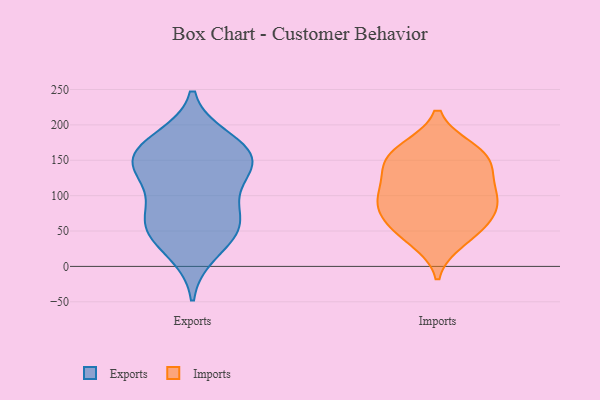
{"axis": {"x": "Temperature (°C)", "y": "Value"}, "legend": ["Exports", "Imports"], "data": [{"x": "", "y": 142, "type": "Exports"}, {"x": "", "y": 46, "type": "Exports"}, {"x": "", "y": 170, "type": "Exports"}, {"x": "", "y": 126, "type": "Exports"}, {"x": "", "y": 157, "type": "Exports"}, {"x": "", "y": 179, "type": "Exports"}, {"x": "", "y": 59, "type": "Exports"}, {"x": "", "y": 62, "type": "Exports"}, {"x": "", "y": 154, "type": "Exports"}, {"x": "", "y": 146, "type": "Exports"}, {"x": "", "y": 63, "type": "Exports"}, {"x": "", "y": 20, "type": "Exports"}, {"x": "", "y": 97, "type": "Exports"}, {"x": "", "y": 92, "type": "Imports"}, {"x": "", "y": 156, "type": "Imports"}, {"x": "", "y": 138, "type": "Imports"}, {"x": "", "y": 140, "type": "Imports"}, {"x": "", "y": 53, "type": "Imports"}, {"x": "", "y": 89, "type": "Imports"}, {"x": "", "y": 161, "type": "Imports"}, {"x": "", "y": 108, "type": "Imports"}, {"x": "", "y": 56, "type": "Imports"}, {"x": "", "y": 76, "type": "Imports"}, {"x": "", "y": 165, "type": "Imports"}, {"x": "", "y": 101, "type": "Imports"}, {"x": "", "y": 37, "type": "Imports"}]}